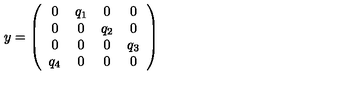
y = \left( \begin{array} { c c c c } { 0 } & { q _ { 1 } } & { 0 } & { 0 } \\ { 0 } & { 0 } & { q _ { 2 } } & { 0 } \\ { 0 } & { 0 } & { 0 } & { q _ { 3 } } \\ { q _ { 4 } } & { 0 } & { 0 } & { 0 } \\ \end{array} \right)